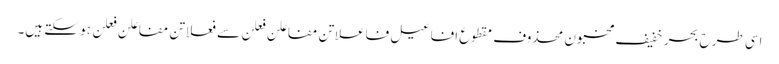
اسی طرح بحر خفیف مخبون محذوف مقطوع افاعیل فاعلاتن مفاعلن فعلن سے فعلاتن مفاعلن فعلن ہو سکتے ہیں۔